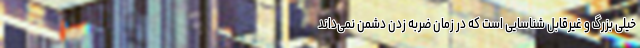
خیلی بزرگ و غیرقابل شناسایی است که در زمان ضربه زدن دشمن نمی‌داند